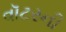
વૉટરની